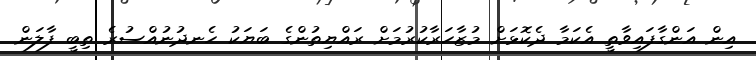
އިން އަންގާފައިވާތީ އެކަމާ ދެކޮޅަށް މުޒާހަރާކުރުމަށް ރައްޔިތުންގެ ބަޔަކު ހެނދުނުއްސުރެ ތިބީ ފާލަން